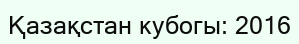
Қазақстан кубогы: 2016